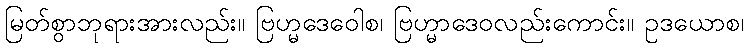
မြတ်စွာဘုရားအားလည်း။ ဗြဟ္မဒေဝေါစ၊ ဗြဟ္မာဒေဝလည်းကောင်း။ ဥဒယောစ၊